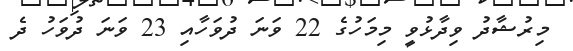
މިރުޝާދު ވިދާޅުވީ މިމަހުގެ 22 ވަނަ ދުވަހާއި 23 ވަނަ ދުވަހު ދެ